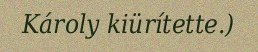
Károly kiürítette.)